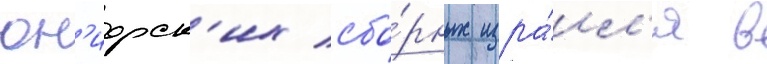
юн'иорск'их сбо́рных изра́ил'я в